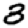
Digit: 3